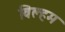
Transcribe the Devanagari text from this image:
विल्हम